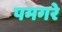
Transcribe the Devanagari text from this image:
पमगरे